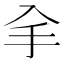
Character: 𠓢